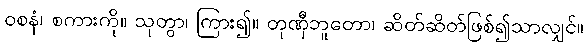
ဝစနံ၊ စကားကို။ သုတွာ၊ ကြား၍။ တုဏှီဘူတော၊ ဆိတ်ဆိတ်ဖြစ်၍သာလျှင်။